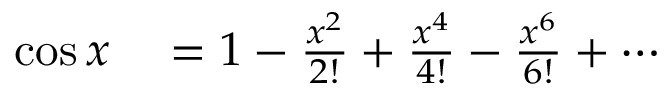
\begin{array} { r l } { \cos x } & { { } = 1 - { \frac { x ^ { 2 } } { 2 ! } } + { \frac { x ^ { 4 } } { 4 ! } } - { \frac { x ^ { 6 } } { 6 ! } } + \cdots } \end{array}